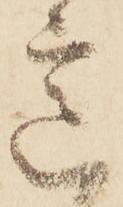
意